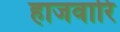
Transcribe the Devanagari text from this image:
हाजवारि